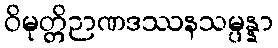
ဝိမုတ္တိဉာဏဒဿနသမ္ပန္နာ